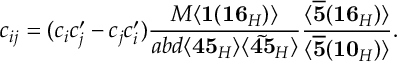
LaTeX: c _ { i j } = ( c _ { i } c _ { j } ^ { \prime } - c _ { j } c _ { i } ^ { \prime } ) \frac { M \langle { \bf 1 } ( { \bf 1 6 } _ { H } ) \rangle } { a b d \langle { \bf 4 5 } _ { H } \rangle \langle \tilde { { \bf 4 5 } } _ { H } \rangle } \frac { \langle \overline { { { { \bf 5 } } } } ( { \bf 1 6 } _ { H } ) \rangle } { \langle \overline { { { { \bf 5 } } } } ( { \bf 1 0 } _ { H } ) \rangle } .